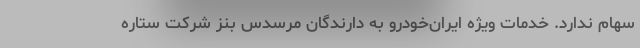
سهام ندارد. خدمات ویژه ایران‌خودرو به دارندگان مرسدس بنز شرکت ستاره